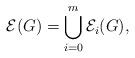
LaTeX: \begin{align*}\mathcal{E}(G)=\bigcup_{i=0}^{m}\mathcal{E}_i(G), \end{align*}